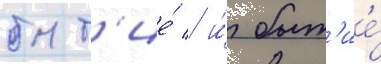
быт'ие́ / и́ быт'ие́